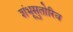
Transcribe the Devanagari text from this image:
शंभूसुतोरिव